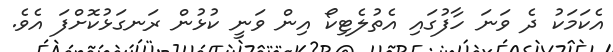
އެކަމަކު ދެ ވަނަ ހާފުގައި އެތުލެޓިކޯ އިން ވަނީ ކުޅުން ރަނގަޅުކޮށްފަ އެވެ.